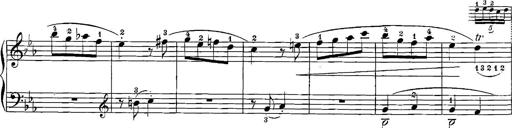
Title: 12 Sonatinas
Composer: Ignaz Pleyel